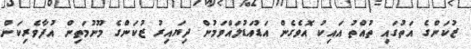
ޒުކަންގެ އަތުގައި ތުއްތު އައިކު އޮވެގެން އަޑުއަޑުލައްވަމުން ދިޔައިރު ޒުކަންގެ މޫނުމަތިން އުފާވެރިކަން